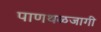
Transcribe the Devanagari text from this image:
पाणथळजागी